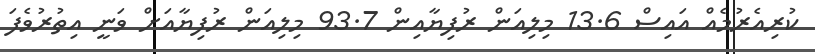
ކުރިއެރުމެއް އައިސް 13.6 މިލިއަން ރުފިޔާއިން 93.7 މިލިއަން ރުފިޔާއަށް ވަނީ އިތުރުވެފަ